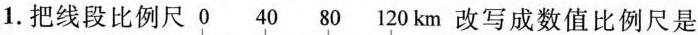
1.把线段比例尺 改写成数值比例尺是